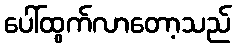
ပေါ်ထွက်လာတော့သည်